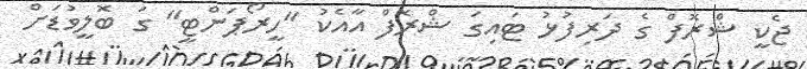
ޖެކީ ޝްރޮފް ގެ ދަރިފުޅު ޓައިގަ ޝްރޮފް އާއެކު "ހީރޯޕަންޓީ" ގަ ބޮލީވުޑަށް